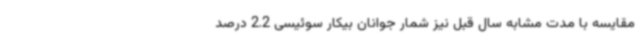
مقایسه با مدت مشابه سال قبل نیز شمار جوانان بیکار سوئیسی 2.2 درصد